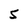
Character: s